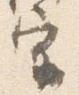
宗